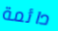
دائمة